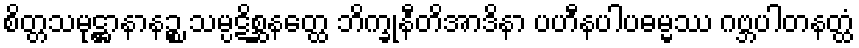
စိတ္တသမုဋ္ဌာနာနဉ္စ သမ္ပဋိစ္ဆနတ္ထေ ဘိက္ခုနီတိအာဒိနာ ပဟီနပါပဓမ္မဿ ဂဗ္ဘပါတနတ္ထံ